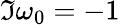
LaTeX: \Im{\omega_{0}}=-1